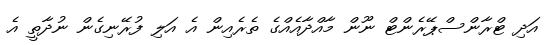
އަދި ޓްރާންސްޕޭރެންޓް ނޫން މާއްދާއެއްގެ ތެރެއިން އެ އަލި ފުރޭނިގެން ނުދާތީ އެ